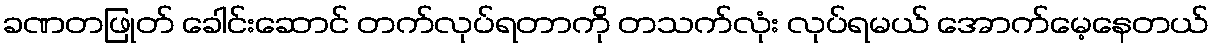
ခဏတဖြုတ် ခေါင်းဆောင် တက်လုပ်ရတာကို တသက်လုံး လုပ်ရမယ် အောက်မေ့နေတယ်